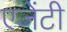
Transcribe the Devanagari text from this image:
एजेंटी